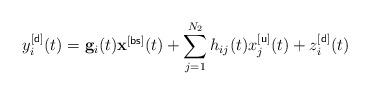
LaTeX: \begin{align*} y^{[\sf d]}_i(t)=\mathbf{g}_i(t)\mathbf{x}^{[\sf bs]}(t)+\sum_{j=1}^{N_2}h_{ij}(t)x^{[\sf u]}_j(t)+z_i^{[\sf d]}(t)\end{align*}